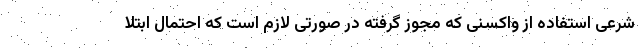
شرعی استفاده از واکسنی که مجوز گرفته در صورتی لازم است که احتمال ابتلا